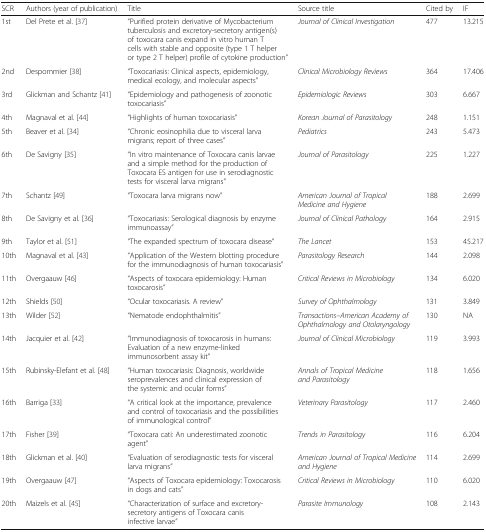
<table><thead><tr><td><b>SCR</b></td><td><b>Authors (year of publication)</b></td><td><b>Title</b></td><td><b>Source title</b></td><td><b>Cited by</b></td><td><b>IF</b></td></tr></thead><tbody><tr><td>1st</td><td>Del Prete et al. [37]</td><td>“Purified protein derivative of Mycobacterium tuberculosis and excretory-secretory antigen(s) of toxocara canis expand in vitro human T cells with stable and opposite (type 1 T helper or type 2 T helper) profile of cytokine production”</td><td><i>Journal of Clinical Investigation</i></td><td>477</td><td>13.215</td></tr><tr><td>2nd</td><td>Despommier [38]</td><td>“Toxocariasis: Clinical aspects, epidemiology, medical ecology, and molecular aspects”</td><td><i>Clinical Microbiology Reviews</i></td><td>364</td><td>17.406</td></tr><tr><td>3rd</td><td>Glickman and Schantz [41]</td><td>“Epidemiology and pathogenesis of zoonotic toxocariasis”</td><td><i>Epidemiologic Reviews</i></td><td>303</td><td>6.667</td></tr><tr><td>4th</td><td>Magnaval et al. [44]</td><td>“Highlights of human toxocariasis”</td><td><i>Korean Journal of Parasitology</i></td><td>248</td><td>1.151</td></tr><tr><td>5th</td><td>Beaver et al. [34]</td><td>“Chronic eosinophilia due to visceral larva migrans; report of three cases”</td><td><i>Pediatrics</i></td><td>243</td><td>5.473</td></tr><tr><td>6th</td><td>De Savigny [35]</td><td>“In vitro maintenance of Toxocara canis larvae and a simple method for the production of Toxocara ES antigen for use in serodiagnostic tests for visceral larva migrans”</td><td><i>Journal of Parasitology</i></td><td>225</td><td>1.227</td></tr><tr><td>7th</td><td>Schantz [49]</td><td>“Toxocara larva migrans now”</td><td><i>American Journal of Tropical Medicine and Hygiene</i></td><td>188</td><td>2.699</td></tr><tr><td>8th</td><td>De Savigny et al. [36]</td><td>“Toxocariasis: Serological diagnosis by enzyme immunoassay”</td><td><i>Journal of Clinical Pathology</i></td><td>164</td><td>2.915</td></tr><tr><td>9th</td><td>Taylor et al. [51]</td><td>“The expanded spectrum of toxocara disease”</td><td><i>The Lancet</i></td><td>153</td><td>45.217</td></tr><tr><td>10th</td><td>Magnaval et al. [43]</td><td>“Application of the Western blotting procedure for the immunodiagnosis of human toxocariasis”</td><td><i>Parasitology Research</i></td><td>144</td><td>2.098</td></tr><tr><td>11th</td><td>Overgaauw [46]</td><td>“Aspects of toxocara epidemiology: Human toxocarosis”</td><td><i>Critical Reviews in Microbiology</i></td><td>134</td><td>6.020</td></tr><tr><td>12th</td><td>Shields [50]</td><td>“Ocular toxocariasis. A review”</td><td><i>Survey of Ophthalmology</i></td><td>131</td><td>3.849</td></tr><tr><td>13th</td><td>Wilder [52]</td><td>“Nematode endophthalmitis”</td><td><i>Transactions–American Academy of Ophthalmology and Otolaryngology</i></td><td>130</td><td>NA</td></tr><tr><td>14th</td><td>Jacquier et al. [42]</td><td>“Immunodiagnosis of toxocarosis in humans: Evaluation of a new enzyme-linked immunosorbent assay kit”</td><td><i>Journal of Clinical Microbiology</i></td><td>119</td><td>3.993</td></tr><tr><td>15th</td><td>Rubinsky-Elefant et al. [48]</td><td>“Human toxocariasis: Diagnosis, worldwide seroprevalences and clinical expression of the systemic and ocular forms”</td><td><i>Annals of Tropical Medicine and Parasitology</i></td><td>118</td><td>1.656</td></tr><tr><td>16th</td><td>Barriga [33]</td><td>“A critical look at the importance, prevalence and control of toxocariasis and the possibilities of immunological control”</td><td><i>Veterinary Parasitology</i></td><td>117</td><td>2.460</td></tr><tr><td>17th</td><td>Fisher [39]</td><td>“Toxocara cati: An underestimated zoonotic agent”</td><td><i>Trends in Parasitology</i></td><td>116</td><td>6.204</td></tr><tr><td>18th</td><td>Glickman et al. [40]</td><td>“Evaluation of serodiagnostic tests for visceral larva migrans”</td><td><i>American Journal of Tropical Medicine and Hygiene</i></td><td>114</td><td>2.699</td></tr><tr><td>19th</td><td>Overgaauw [47]</td><td>“Aspects of Toxocara epidemiology: Toxocarosis in dogs and cats”</td><td><i>Critical Reviews in Microbiology</i></td><td>110</td><td>6.020</td></tr><tr><td>20th</td><td>Maizels et al. [45]</td><td>“Characterization of surface and excretory-secretory antigens of Toxocara canis infective larvae”</td><td><i>Parasite Immunology</i></td><td>108</td><td>2.143</td></tr></tbody></table>